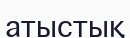
атыстық